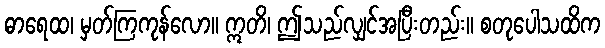
ဓာရေထ၊ မှတ်ကြကုန်လော။ ဣတိ၊ ဤသည်လျှင်အပြီးတည်း။ စတုပေါသထိက